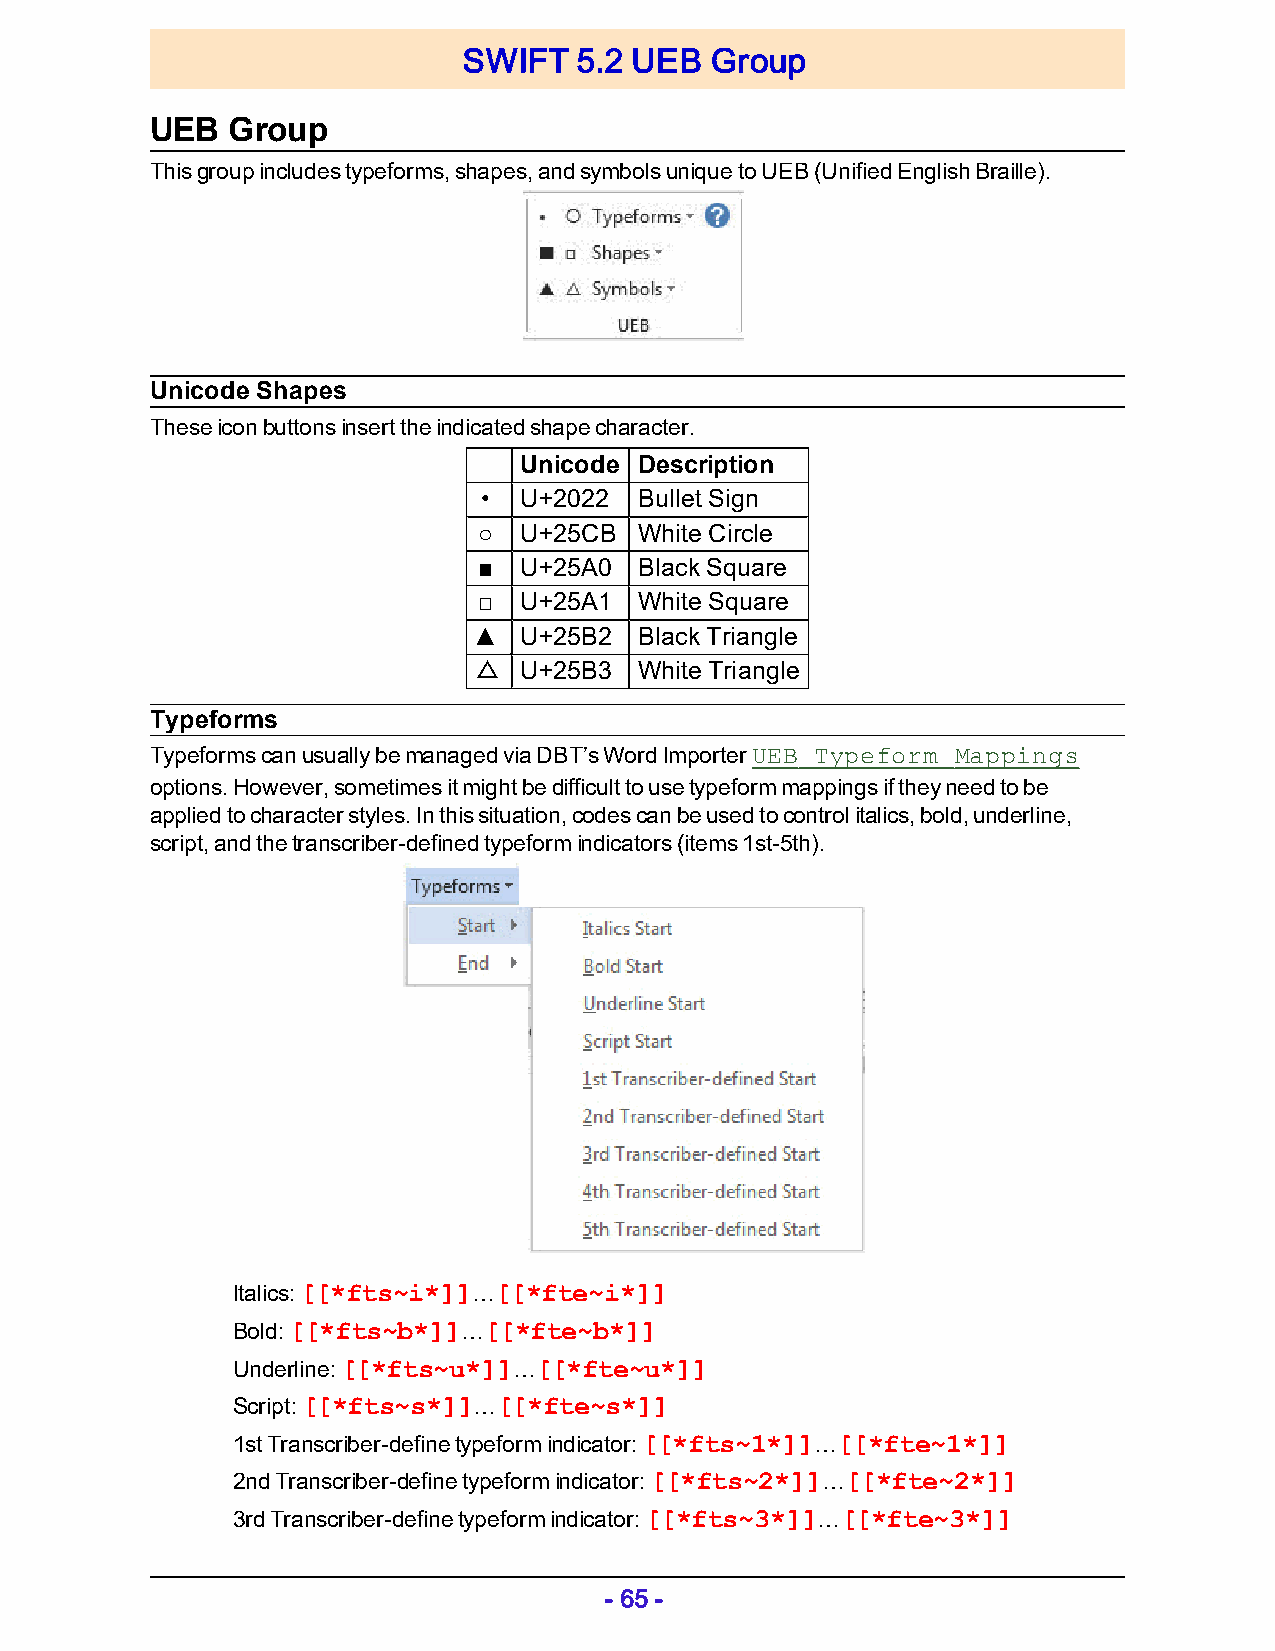
SWIFT  5.2 UEB  Group
 UEB  Group
 This group includes typeforms, shapes, and symbols unique to UEB (Unified English Braille).
 Unicode Shapes
 These icon buttons insert the indicated shape character.
 Unicode Description
 • U+2022  Bullet Sign
 ○ U+25CB  White Circle
 ■ U+25A0  Black Square
 □ U+25A1  White Square
 ▲  U+25B2  Black Triangle
 △  U+25B3  White Triangle
 Typeforms
 Typeforms can usually be managed via DBT’s Word Importer UEB Typeform Mappings
 options. However, sometimes it might be difficult to use typeform mappings if they need to be
 applied to character styles. In this situation, codes can be used to control italics, bold, underline,
 script, and the transcriber-defined typeform indicators (items 1st-5th).
 Italics: [[*fts~i*]]…[[*fte~i*]]
 Bold: [[*fts~b*]]…[[*fte~b*]]
 Underline: [[*fts~u*]]…[[*fte~u*]]
 Script: [[*fts~s*]]…[[*fte~s*]]
 1st Transcriber-define typeform indicator: [[*fts~1*]]…[[*fte~1*]]
 2nd Transcriber-define typeform indicator: [[*fts~2*]]…[[*fte~2*]]
 3rd Transcriber-define typeform indicator: [[*fts~3*]]…[[*fte~3*]]
 - 65 -